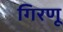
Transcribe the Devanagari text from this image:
गिरणू